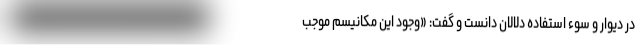
در دیوار و سوء استفاده دلالان دانست و گفت: «وجود این مکانیسم موجب